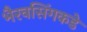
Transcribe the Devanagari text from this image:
भैरवसिंगकडे